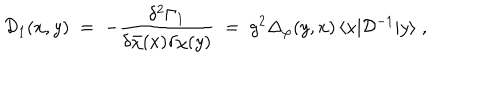
{ \mathcal D } _ { 1 } ( x , y ) \; = \; - \frac { \delta ^ { 2 } \Gamma _ { 1 } } { \delta { \bar { \chi } } ( x ) \delta \chi ( y ) } \; = \; g ^ { 2 } \Delta _ { \varphi } ( y , x ) \, \langle x | { \mathcal D } ^ { - 1 } | y \rangle \; ,